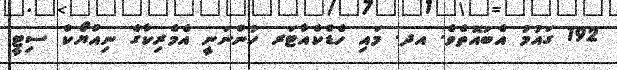
192 ގައުމު އެބައޮތެވެ. އދ. މައި ހެޑްކްއާޓަރ ހުންނަނީ އެމެރިކާގެ ނިއުޔޯކް ސިޓީ